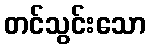
တင်သွင်းသော